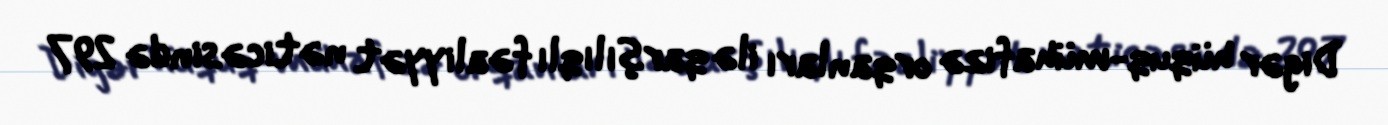
Digər hüquq-mühafizə orqanları ilə qarşılıqlı fəaliyyət nəticəsində 297